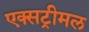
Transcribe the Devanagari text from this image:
एक्सट्रीमल